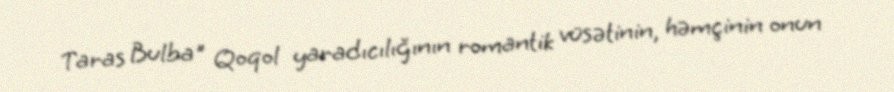
Taras Bulba" Qoqol yaradıcılığının romantik vüsətinin, həmçinin onun